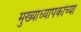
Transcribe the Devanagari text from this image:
मुख्याध्यापकांच्या